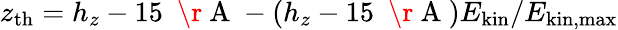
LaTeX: z_{\mathrm{th}}=h_{z}-15~\mathrm{~\r~A~}-(h_{z}-15~\mathrm{~\r~A~})E_{\mathrm{kin}}/E_{\mathrm{kin,max}}